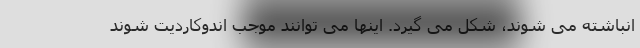
انباشته می شوند، شکل می گیرد. اینها می توانند موجب اندوکاردیت شوند